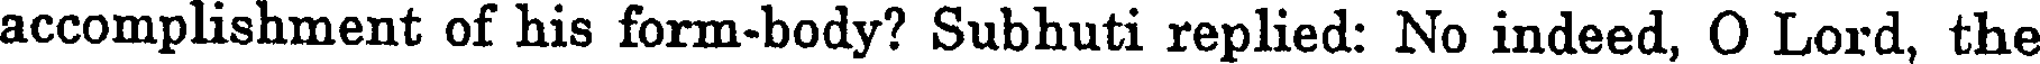
accomplishment of his form-body? Subhuti replied: No indeed, O Lord, the